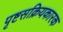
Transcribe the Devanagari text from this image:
पृष्टसक्रियकारक